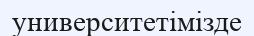
университетімізде